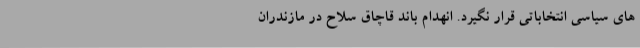
های سیاسی انتخاباتی قرار نگیرد. انهدام باند قاچاق سلاح در مازندران